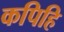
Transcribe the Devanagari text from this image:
कपिहि